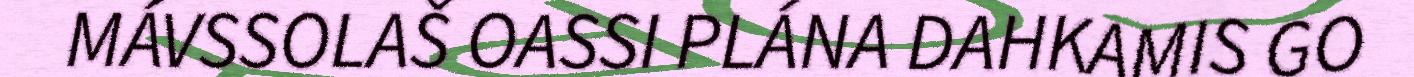
MÁVSSOLAŠ OASSI PLÁNA DAHKAMIS GO